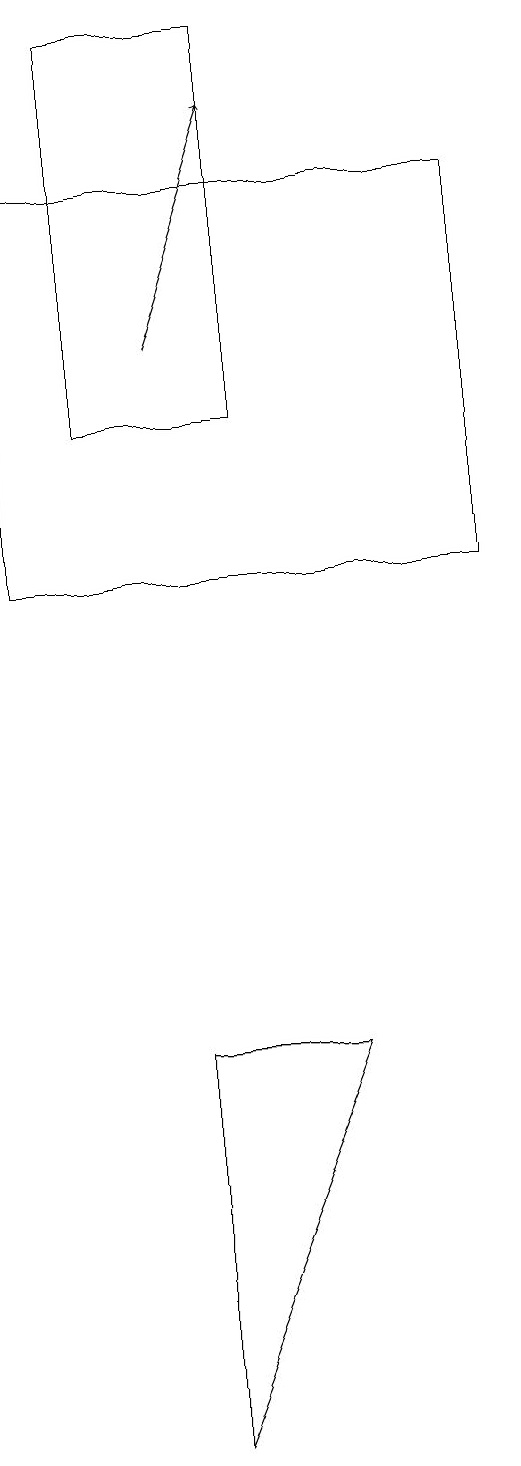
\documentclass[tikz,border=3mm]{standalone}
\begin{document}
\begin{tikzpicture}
\draw (3,12) rectangle (9,17);
\draw[->] (5,15) -- (6,18);
\draw (7,6) -- (5,1) -- (5,6) -- cycle;
\draw (4,14) rectangle (6,19);
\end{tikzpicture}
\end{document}